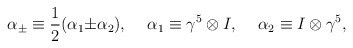
\begin{align*}{\alpha}_{\pm} \equiv \frac{1}{2} ({\alpha}_1 {\pm} {\alpha}_2),\hspace{5 mm}{\alpha}_1 \equiv {\gamma}^5 \otimes I,\hspace{5 mm}{\alpha}_2 \equiv I \otimes {\gamma}^5,\end{align*}